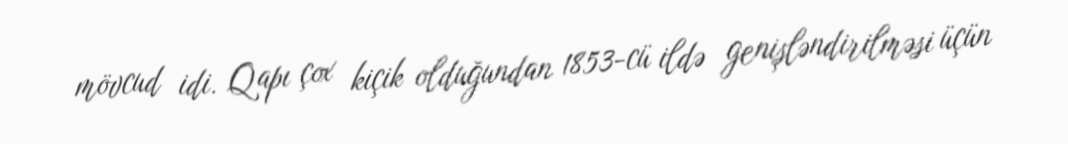
mövcud idi. Qapı çox kiçik olduğundan 1853-cü ildə genişləndirilməsi üçün